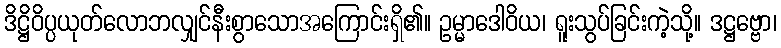
ဒိဋ္ဌိဝိပ္ပယုတ်လောဘလျှင်နီးစွာသောအကြောင်းရှိ၏။ ဥမ္မာဒေါဝိယ၊ ရူးသွပ်ခြင်းကဲ့သို့။ ဒဋ္ဌဗ္ဗော၊